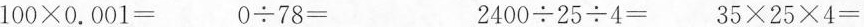
$$1 0 0 × 0 . 0 0 1 =$$ $$0 ÷ 7 8 =$$ $$2 4 0 0 ÷ 2 5 ÷ 4 =$$ $$3 5 × 2 5 × 4 =$$